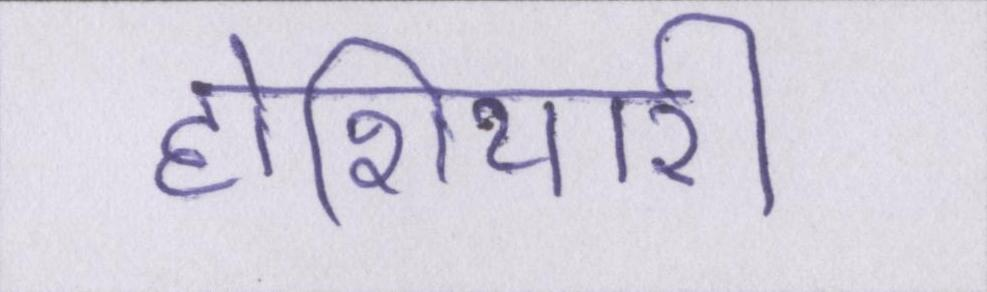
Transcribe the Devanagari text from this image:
होशियारी